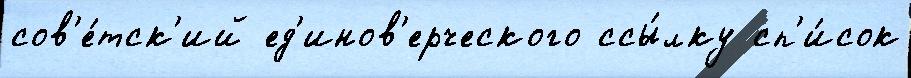
сов'е́тск'ий ед'инов'ерческого ссы́лку сп'и́сок